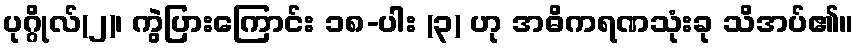
ပုဂ္ဂိုလ်(၂)၊ ကွဲပြားကြောင်း ၁၈-ပါး (၃) ဟု အဓိကရဏသုံးခု သိအပ်၏။